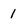
Character: l